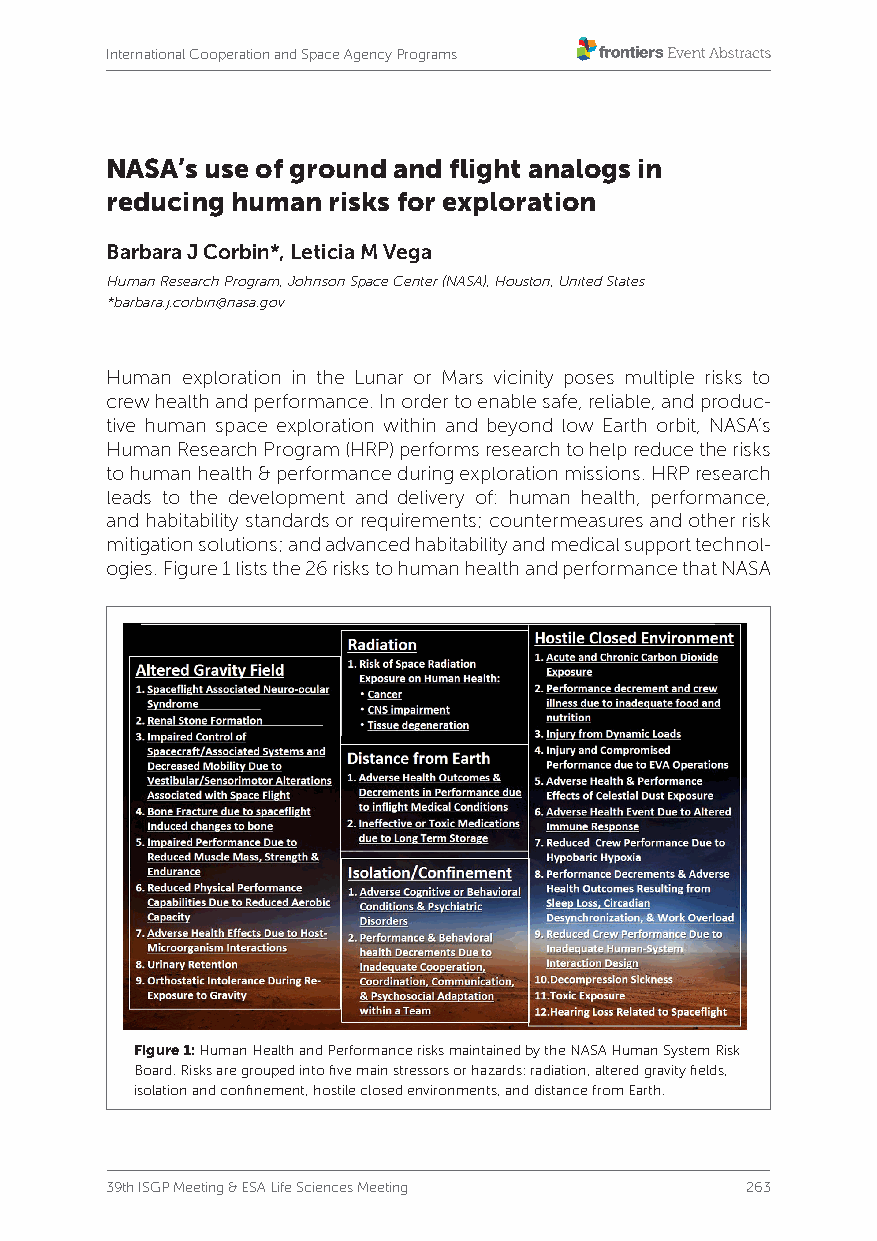
International Cooperation and Space Agency Programs
 NASA’s use of ground and flight analogs in
 reducing human risks for exploration
 Barbara J Corbin*, Leticia M Vega
 Human Research Program, Johnson Space Center (NASA), Houston, United States
 *barbara.j.corbin@nasa.gov
 Human exploration in the Lunar or Mars vicinity poses multiple risks to
 crew health and performance. In order to enable safe, reliable, and produc-
 tive human space exploration within and beyond low Earth orbit, NASA’s
 Human Research Program (HRP) performs research to help reduce the risks
 to human health & performance during exploration missions. HRP research
 leads to the development and delivery of: human health, performance,
 and habitability standards or requirements; countermeasures and other risk
 mitigation solutions; and advanced habitability and medical support technol-
 ogies. Figure 1 lists the 26 risks to human health and performance that NASA
 Figure 1: Human Health and Performance risks maintained by the NASA Human System Risk
 Board. Risks are grouped into five main stressors or hazards: radiation, altered gravity fields,
 isolation and confinement, hostile closed environments, and distance from Earth.
 39th ISGP Meeting & ESA Life Sciences Meeting 263